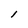
Character: l